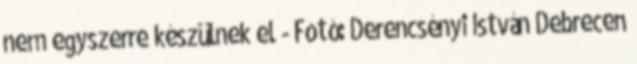
nem egyszerre készülnek el - Fotó: Derencsényi István Debrecen